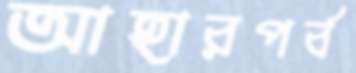
আহারপর্ব